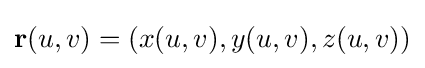
\mathbf {r} (u,v)=(x(u,v),y(u,v),z(u,v))